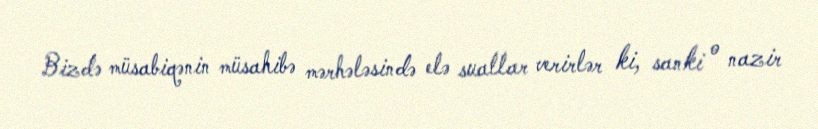
Bizdə müsabiqənin müsahibə mərhələsində elə suallar verirlər ki, sanki o nazir